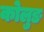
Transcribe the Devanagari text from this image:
कोलुङ